Annual administration and progress report of the Indian Medical Department, Bombay
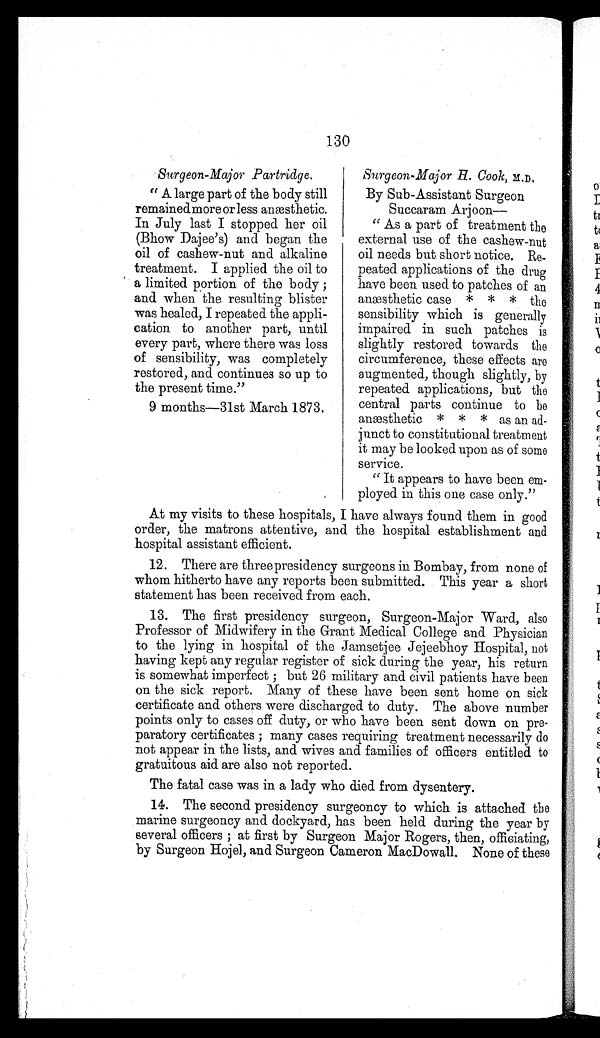
130
Surgeon-Major Partridge.
" A large part of the body still
remained more or less anæsthetic.
In July last I stopped her oil
(Bhow Dajee's) and began the
oil of cashew-nut and alkaline
treatment. I applied the oil to
a limited portion of the body;
and when the resulting blister
was healed, I repeated the appli
-cation to another part, until
every part, where there was loss
of sensibility, was completely
restored, and continues so up to
the present time."
9 months—31st March 1873.
Surgeon-Major H. Cook, M.D.
By Sub-Assistant Surgeon
Succaram Arjoon—
"As a part of treatment the
external use of the cashew-nut
oil needs but short notice. Re
- p e a t e d a p p l i c a t i o n s o f t h e d r u g
have been used to patches of an
anæsthetic case * * * the
sensibility which is generally
impaired in such patches is
slightly restored towards the
circumference, these effects are
augmented, though slightly, by
repeated applications, but the
central parts continue to be
anæsthetic * * * as an ad
- j u n c t t o c o n s t i t u t i o n a l t r e a t m e n t
it may be looked upon as of some
service.
"It appears to have been em
-ployed in this one case only."
At my visits to these hospitals, I have always found them in good
order, the matrons attentive, and the hospital establishment and
hospital assistant efficient.
12. There are threepresidency surgeons in Bombay, from none of
whom hitherto have any reports been submitted. This year a short
statement has been received from each.
13. The first presidency surgeon, Surgeon-Major Ward, also
Professor of Midwifery in the Grant Medical College and Physician
to the lying in hospital of the Jamsetjee Jejeebhoy Hospital, not
having kept any regular register of sick during the year, his return
is somewhat imperfect; but 26 military and civil patients have been
on the sick report. Many of these have been sent home on sick
certificate and others were discharged to duty. The above number
points only to cases off duty, or who have been sent down on pre
- p a r a t o r y c e r t i f i c a t e s ; m a n y c a s e s r e q u i r i n g t r e a t m e n t n e c e s s a r i l y d o
not appear in the lists, and wives and families of officers entitled to
gratuitous aid are also not reported.
The fatal case was in a lady who died from dysentery.
14. The second presidency surgeoncy to which is attached the
marine surgeoncy and dockyard, has been held during the year by
several officers; at first by Surgeon Major Rogers, then, officiating,
by Surgeon Hojel, and Surgeon Cameron MacDowall. None of these